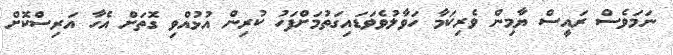
ނަމަވެސް ރައީސް ޔާމިން ވެރިކަމާ ހަވާލުވެވަޑައިގަތުމަށްފަހު ކުރިން އުޅުއްވި ގޮތަށް އެހާ އަރިސްކޮށް